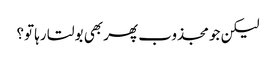
لیکن جو مجذوب پھر بھی بولتا رہا تو؟